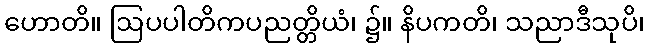
ဟောတိ။ ဩပပါတိကပညတ္တိယံ၊ ၌။ နိပကတိ၊ သညာဒီသုပိ၊